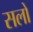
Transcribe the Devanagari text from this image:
सलों